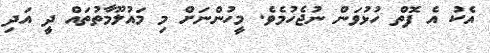
އެކު އެ ފޮތް ހުޅުވަން ނުޖެހުމެވެ. މީހުންނަށް މި މައުލޫމާތުތައް ދީ އަދި